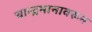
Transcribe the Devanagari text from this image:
चान्द्रमानावरून